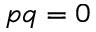
p q = 0